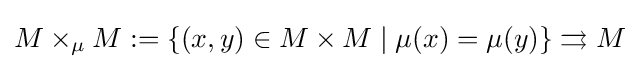
M\times _{\mu }M:=\{(x,y)\in M\times M\mid \mu (x)=\mu (y)\}\rightrightarrows M